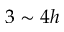
3 \sim 4 h